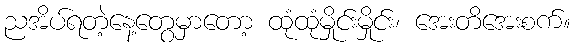
ညအိပ်ရတဲ့နေ့တွေမှာတော့ ထုံထုံမှိုင်းမှိုင်း၊ အေးတိအေးစက်။